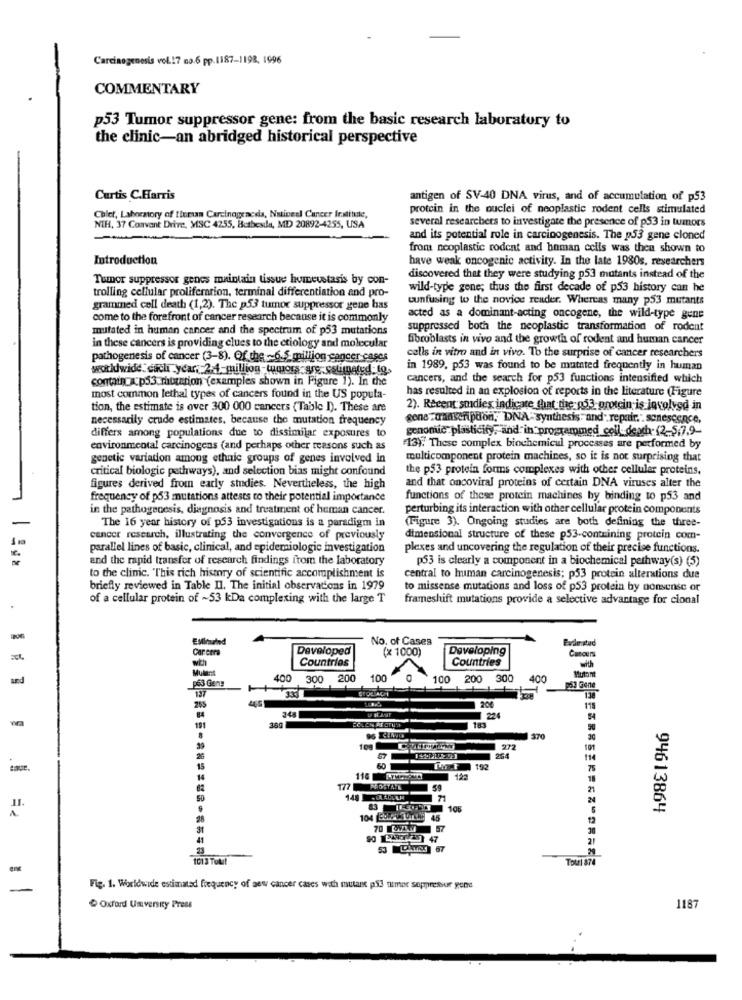
Carcinogenesis vol.17 no.6 pp.1187-1198, 1996
COMMENTARY
p53 Tumor suppressor gene: from the basic research laboratory to
the clinic-an abridged historical perspective
Curtis C.Harris
antigen of SV-40 DNA virus, and of accumulation of p53
protein in the nuclei of neoplastic rodent cells stimulated
Chief, Laboratory of tiumun Carcinogenesis, Nativeel Cancer Institute,
several researchers to investigate the presence of p53 in tumors
NIH, 37 Coavant Drive, MISC 4255, Bothestle, MD 20892-4255, USA
and its potential role in carcinogenesis. The p53 gene cloned
from neoplastic rodent and human cells was then shown to
Introduction
have weak oncogenic activity. In the late 1980s, researchers
Tumor suppressor genes maintain tissue humeustasis by con-
discovered that they were studying p53 mutants instead of the
trolling cellular proliferation, terminal differentiation and pro-
wild-type gene; thus the first decade of p53 history can he
cunfusing to the novice reader. Whereas many p53 mutants
grammed cell death (1,2). The p53 tumor suppressor gene has
come to the forefront of cancer research because it is commonly
acted as a dominant-acting oncogene, the wild-type gene
mutated in human cancer and the spectrum of p53 mutations
suppressed both the neoplastic transformation of rodent
fibroblasts in vivo and the growth of rodent and human cancer
in these cancers is providing clues to the etiology and molecular
pathogenesis of cancer (3-8). Of the -6.5 million cancer-cases
cells in vitro and in vivo. To the surprise of cancer researchers
worldwide: each year, 24-million-tumors are estimated Q.
in 1989, p53 was found to be mutated frequently in human
contain & p53 mutation (examples shown in Figure 1). In the
cancers, and the search for p53 functions intensified which
has resulted in an explosion of reports in the literature (Figure
most common lethal types of cancers found in the US popula-
tion, the estimate is over 300 000 cancers (Table I). These are
2). Recent suidies indicate that the 053 protein-is involved in
necessarily crude estimates. because the mutation frequency
gene aanseripdon, DNA - synthesis- and - repair.". senescence,
differs among populations due to dissimilar exposures to
genomic plasticity, and in programmed cell death-(2-5.7.9
environmental carcinogens (and perhaps other reasons such as
"13). These complex biochemical processes are performed by
genetic variation among ethnic groups of genes involved in
multicomponent protein machines, so it is not surprising that
critical biologic pathways), and selection bias might confound
the p53 protein forms complexes with other cellular proteins.
figures derived from early studies. Nevertheless, the high
and that oncoviral proteins of certain DNA viruses alter the
frequency of p53 mutations attests to their potential importance
functions of these protein machines by binding to p53 and
in the pathogenesis, diagnosis and treatment of human cancer.
perturbing its interaction with other cellular protein components
The 16 year history of p53 investigations is a paradigm in
(Figure 3). Ongoing studies are both defining the three-
cancer research, illustrating the convergence of previously
dimensional structure of these p53-containing protein com-
parallel lines of basic, clinical, and epidemiologic investigation
plexes and uncovering the regulation of their precise functions.
and the rapid transfer of research findings from the laboratory
p53 is clearly a component in a biochemical pethway(s) (5)
to the clinic. This rich history of scientific accomplishment is
central to human carcinogenesis; p53 protein alterations due
briefly reviewed in Table Il. The initial observations in 1979
to missense mutations and loss of p53 protein by nonsense or
of a cellular protein of ~53 kDa complexing with the large T
frameshift mutations provide a selective advantage for cional
No. of Cases
Car cera
Developed
(x 1000)
Developing
with
Countries
Countries
Cancers
Mulant
p63 Gens
400
300 200
100
0
100
200 300
400
200
224
348
191
389
8
370
39
972
57
254
15
192
14
116 CM
127
177 ANDSTAY
59
50
83 TREF 106
94613864
104 CON SUTTAG 45
70 5/7 57
53 DAYS] 67
1013 Totil
Tot1 874
Fig. 1. Worldwide estimated frequency of new cancer cases with mutant ps3 timer suppressur gere
Oxford University Press
1187